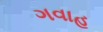
ગવાહ